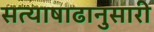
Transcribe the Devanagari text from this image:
सत्याषाढानुसारी